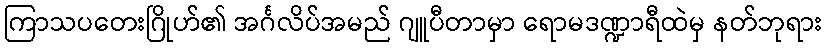
ကြာသပတေးဂြိုဟ်၏ အင်္ဂလိပ်အမည် ဂျူပီတာမှာ ရောမဒဏ္ဍာရီထဲမှ နတ်ဘုရား